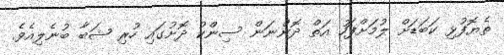
ތެޔޮފުޅި ކަބަޑަށް ލުމަށްފަހު އަތް ދޮންނަން ސިންކު ދޮށުގައި ހުރި ޝަބާ ބުނެލިއެވެ.